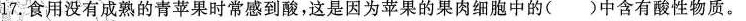
17.食用没有成熟的青苹果时常感到酸，这是因为苹果的果肉细胞中的()中含有酸性物质。